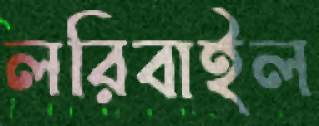
লরিবাইল